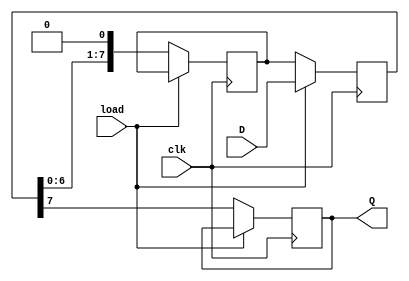
module dynamic_piso_register #(
    parameter WIDTH = 8  // Width of the register
)(
    input wire clk,              // Clock signal
    input wire load,             // Load/Shift control signal (1 for load, 0 for shift)
    input wire [WIDTH-1:0] D,    // Parallel input data
    output reg Q                 // Serial output data
);

    reg [WIDTH-1:0] storage;     // Dynamic storage for the register
    reg [WIDTH-1:0] shift_reg;    // Shift register to hold the shifting data
    integer i;

    always @(posedge clk) begin
        if (load) begin
            // Load data into storage
            storage <= D;  // Capture the parallel data
        end else begin
            // Shift data out serially
            shift_reg <= {storage[WIDTH-2:0], 1'b0}; // Shift left and insert 0 at LSB
            Q <= storage[WIDTH-1]; // Output the MSB
            storage <= shift_reg;   // Update storage with the shifted data
        end
    end

endmodule